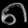
Digit: ၈